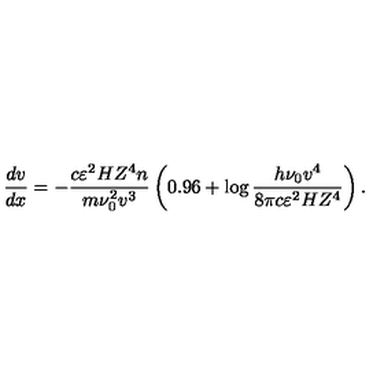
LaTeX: \qquad \qquad \qquad \qquad \qquad \frac { d v } { d x } = - \frac { c \varepsilon ^ { 2 } H Z ^ { 4 } n } { m \nu _ { 0 } ^ { 2 } v ^ { 3 } } \left( { 0 . 9 6 + \log \frac { h \nu _ { 0 } v ^ { 4 } } { 8 \pi c \varepsilon ^ { 2 } H Z ^ { 4 } } } \right) . \qquad \qquad \qquad \qquad ( 1 7 ^ { \prime } )